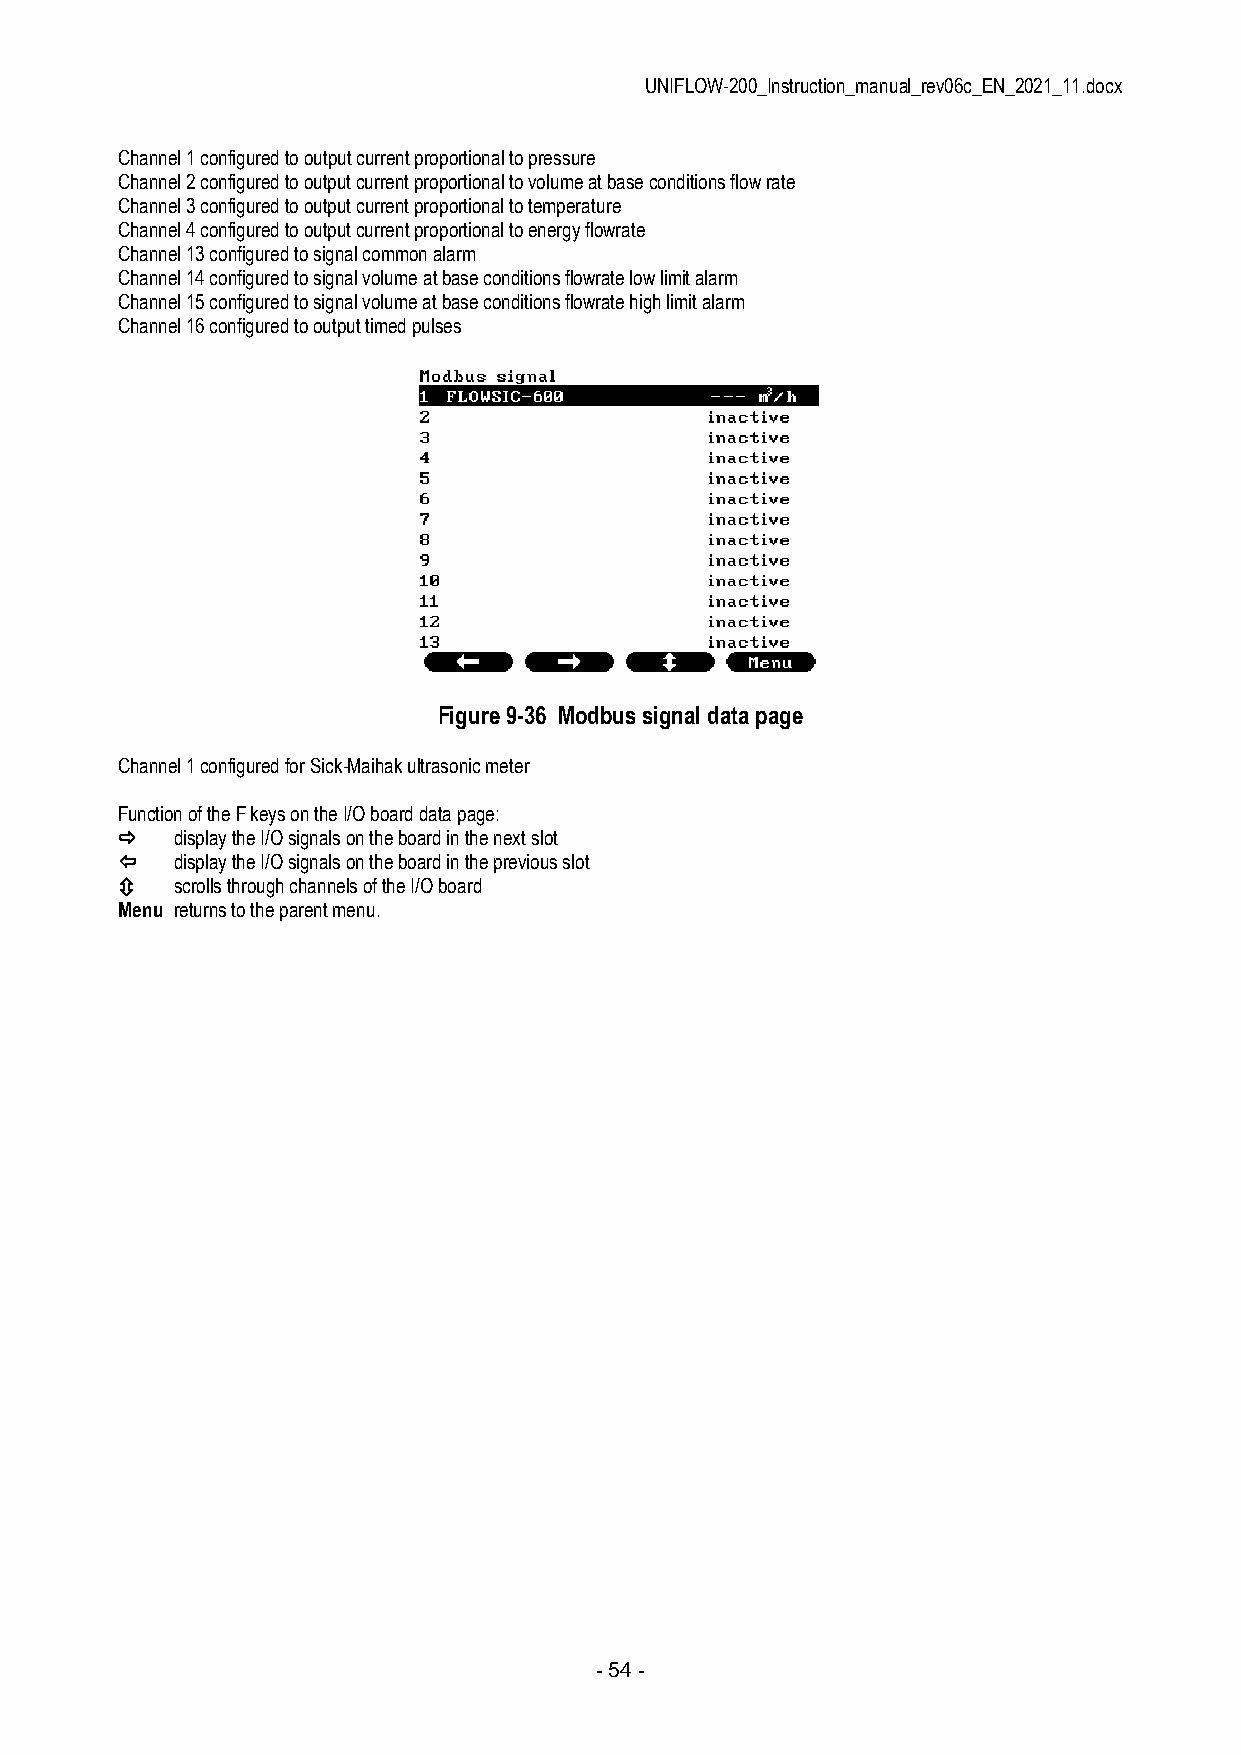
UNIFLOW-200_Instruction_manual_rev06c_EN_2021_11.docx
 Channel 1 configured to output current proportional to pressure
 Channel 2 configured to output current proportional to volume at base conditions flow rate
 Channel 3 configured to output current proportional to temperature
 Channel 4 configured to output current proportional to energy flowrate
 Channel 13 configured to signal common alarm
 Channel 14 configured to signal volume at base conditions flowrate low limit alarm
 Channel 15 configured to signal volume at base conditions flowrate high limit alarm
 Channel 16 configured to output timed pulses
 Figure 9-36 Modbus signal data page
 Channel 1 configured for Sick-Maihak ultrasonic meter
 Function of the F keys on the I/O board data page:
    display the I/O signals on the board in the next slot
    display the I/O signals on the board in the previous slot
    scrolls through channels of the I/O board
 Menu returns to the parent menu.
 - 54 -